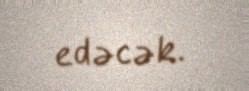
edəcək.